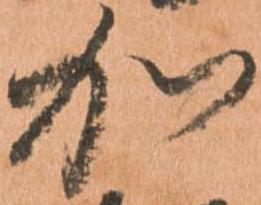
加